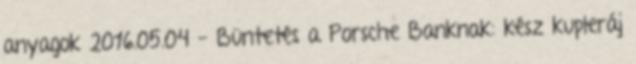
anyagok 2016.05.04 - Büntetés a Porsche Banknak: kész kupleráj